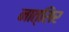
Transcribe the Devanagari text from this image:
नात्सिर